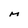
Character: M